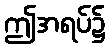
ဤအရပ်၌